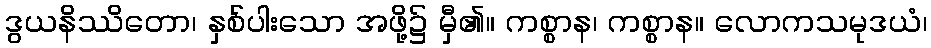
ဒွယနိဿိတော၊ နှစ်ပါးသော အဖို့၌ မှီ၏။ ကစ္စာန၊ ကစ္စာန။ လောကသမုဒယံ၊